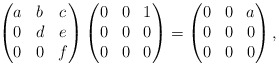
\begin{align*}\begin{pmatrix}a & b & c\\0 & d & e\\0 & 0 & f\\\end{pmatrix}\begin{pmatrix}0 & 0 & 1\\0 & 0 & 0\\0 & 0 & 0\\\end{pmatrix}=\begin{pmatrix}0 & 0 & a\\0 & 0 & 0\\0 & 0 & 0\\\end{pmatrix},\end{align*}